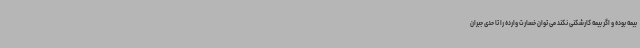
بیمه بوده و اگر بیمه کارشکنی نکند می توان خسارت وارده را تا حدی جبران